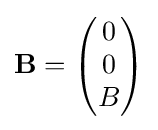
\mathbf {B} ={\begin{pmatrix}0\\0\\B\end{pmatrix}}